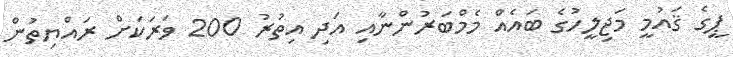
ޕީގެ ޤައުމީ މަޖިލީހުގެ ބައެއް މެމްބަރުންނާއި އަދި އިތުރު 200 ވަރަކަށް ރައްޔިތުން